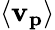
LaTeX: \mathbf{\langle v_{p}\rangle}